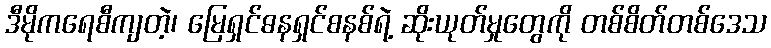
ဒီမိုကရေစီကျတဲ့၊ မြေရှင်ဓနရှင်စနစ်ရဲ့ ဆိုးယုတ်မှုတွေကို တစ်စိတ်တစ်ဒေသ